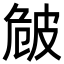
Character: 𤿡